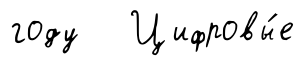
году Цифровы́е